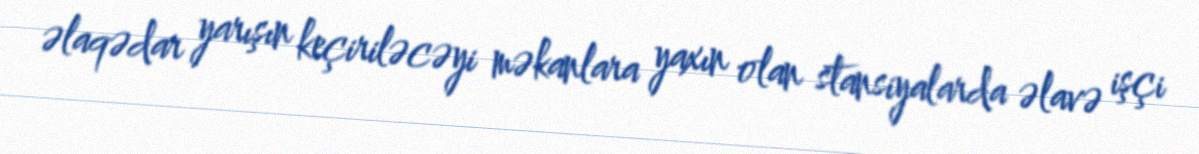
əlaqədar yarışın keçiriləcəyi məkanlara yaxın olan stansiyalarda əlavə işçi